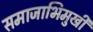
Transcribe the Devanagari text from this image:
समाजाभिमुखी